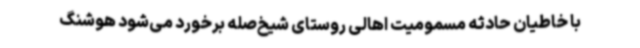
با خاطیان حادثه مسمومیت اهالی روستای شیخ‌صله برخورد می‌شود هوشنگ